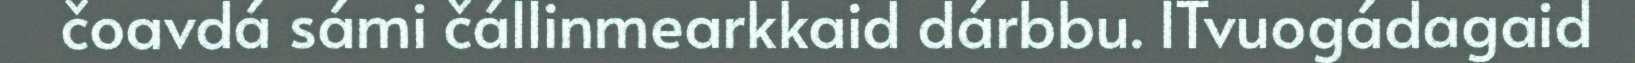
čoavdá sámi čállinmearkkaid dárbbu. ITvuogádagaid